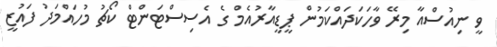
ވީ ނިއުސްއާ މިރޭ ވާހަކަދައްކަމުން ޕީޑީއާރުއެމް ގެ އެސިސްޓަންޓް ކޯޗު މުހައްމަދު ފައުޒީ